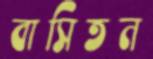
বাসিতন